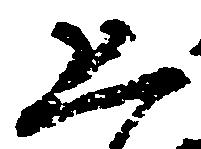
恐